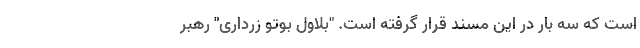
است که سه بار در این مسند قرار گرفته است. "بلاول بوتو زرداری" رهبر